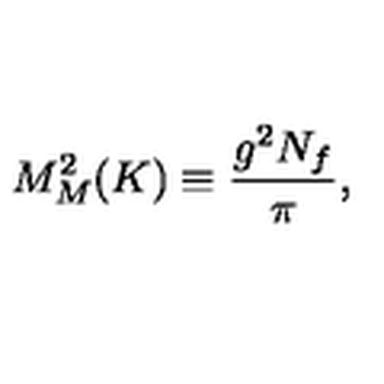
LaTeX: M _ { M } ^ { 2 } ( K ) \equiv \frac { g ^ { 2 } N _ { f } } { \pi } ,